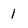
Character: 1